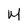
Character: M